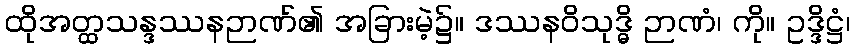
ထိုအတ္ထသန္ဒဿနဉာဏ်၏ အခြားမဲ့၌။ ဒဿနဝိသုဒ္ဓိ ဉာဏံ၊ ကို။ ဥဒ္ဒိဋ္ဌံ၊